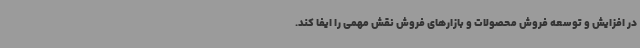
در افزایش و توسعه فروش محصولات و بازارهای فروش نقش مهمی را ایفا کند.